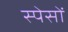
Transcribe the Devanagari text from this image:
स्पेसों